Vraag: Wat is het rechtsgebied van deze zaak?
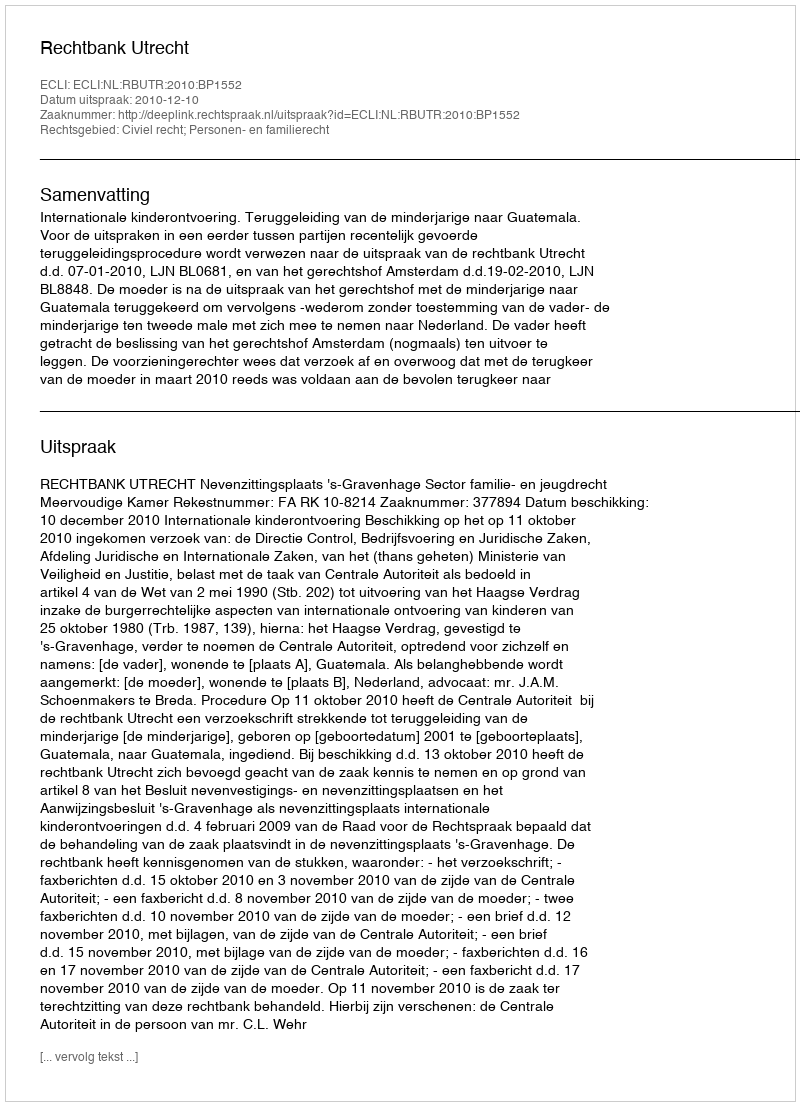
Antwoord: Civiel recht; Personen- en familierecht